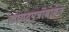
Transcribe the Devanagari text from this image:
कागदपत्रांबाबत